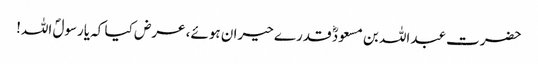
حضرت عبداللہ بن مسعودؓ قدرے حیران ہوئے، عرض کیا کہ یارسولؐ اللہ!